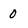
Character: 0